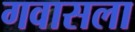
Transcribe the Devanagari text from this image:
गवासला